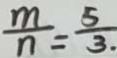
\frac { m } { n } = \frac { 5 } { 3 }